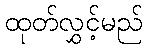
ထုတ်လွှင့်မည်